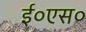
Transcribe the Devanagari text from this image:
ई०एस०